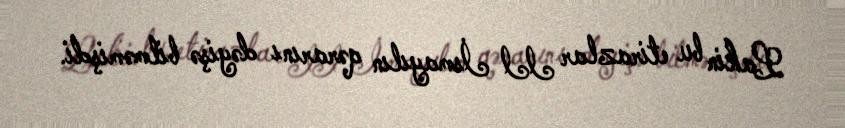
Lakin bu etirazlar II İsmayılın qərarını dəyişə bilməmişdi.